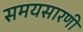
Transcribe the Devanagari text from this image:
समयसारणी